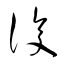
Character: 復